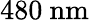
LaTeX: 480\ \mathrm{nm}